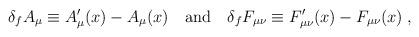
LaTeX: \begin{align*}\delta_f A_\mu \equiv A'_\mu (x) - A_\mu (x) \quad {\rm and} \quad\delta_f F_{\mu \nu} \equiv F'_{\mu \nu} (x) - F_{\mu \nu} (x) \;,\end{align*}